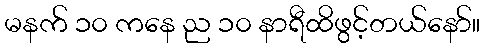
မနက် ၁၀ ကနေ ည ၁၀ နာရီထိဖွင့်တယ်နော်။